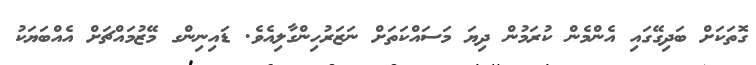
ގޮތަކަށް ބަދިގޭގައި އެންމެން ކުރަމުން ދިޔަ މަސައްކަތަށް ނަޒަރުހިންގާލިއެވެ. ޑައިނިންގ މޭޒުމައްޗަށް އެއްބަޔަކު